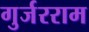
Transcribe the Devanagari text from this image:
गुर्जरराम